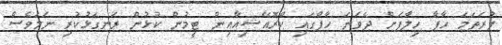
ފުރަތަމަ ހާފާ ހިލާފަށް ދެވަނަ ހާފްގައި ކްރޮއޭޝިއާއިން ޓީމުން ކުޅުން ރަނގަޅުކުރި ނަމަވެސް